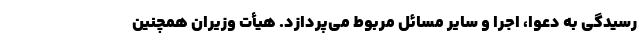
رسیدگی به دعوا، اجرا و سایر مسائل مربوط می‌پردازد. هیأت وزیران همچنین